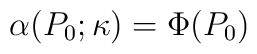
\alpha(P_0;\kappa) = \Phi(P_0)